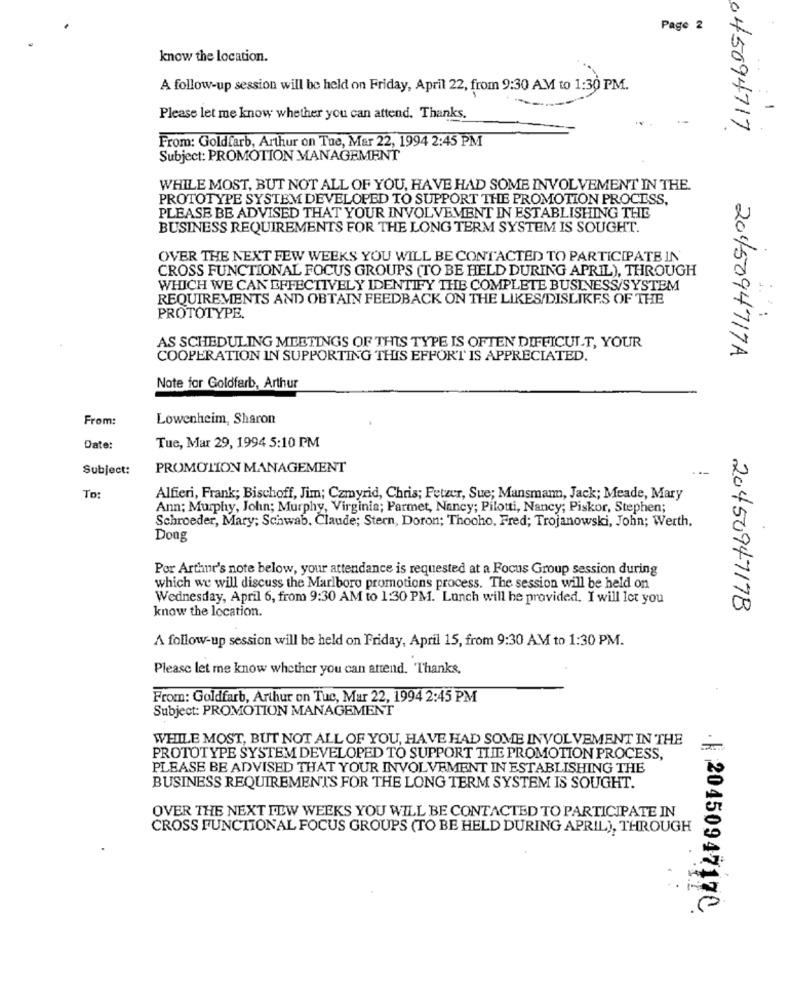
Page 2
know the location.
A follow-up session will be held on Friday, April 22, from 9:30 AM to 1:30 PM.
Please let me know whether you can attend. Thanks.
045094717.
From: Goldfarb, Arthur on Tue, Mar 22, 1994 2:45 PM
Subject: PROMOTION MANAGEMENT
WHILE MOST, BUT NOT ALL OF YOU, HAVE HAD SOME INVOLVEMENT IN THE.
PROTOTYPE SYSTEM DEVELOPED TO SUPPORT THE PROMOTION PROCESS,
PLEASE BE ADVISED THAT YOUR INVOLVEMENT IN ESTABLISHING THE
BUSINESS REQUIREMENTS FOR THE LONG TERM SYSTEM IS SOUGHT.
OVER THE NEXT FEW WEEKS YOU WILL BE CONTACTED TO PARTICIPATE IN'
CROSS FUNCTIONAL FOCUS GROUPS (TO BE HELD DURING APRIL), THROUGH
WHICH WE CAN EFFECTIVELY IDENTIFY THE COMPLETE BUSINESS/SYSTEM
REQUIREMENTS AND OBTAIN FEEDBACK ON THE LIKES/DISLIKES OF THE
PROTOTYPE.
AS SCHEDULING MEETINGS OF THIS TYPE IS OFTEN DIFFICULT, YOUR
201/5094717A
COOPERATION IN SUPPORTING THIS EFFORT IS APPRECIATED.
Note for Goldfarb, Arthur
From:
Lowenheim, Sharon
Date:
Tue, Mar 29, 1994 5:10 PM
Subject:
PROMOTION MANAGEMENT
To:
Alfieri, Frank; Bischoff, Jim; Czmyrid, Chris; Fetzer, Sue; Mansman, Jack; Meade, Mary
Ann; Murphy, John; Murphy, Virginia; Parmet, Nancy; Pilotti, Nancy; Piskor, Stephen;
Schroeder, Mary; Schwab, Claude; Stern, Doron; Thooho, Fred; Trojanowski, John; Werth,
Dong
Por Arthur's note below, your attendance is requested at a Focus Group session during
which we will discuss the Marlboro promotions process. The session will be held on
Wednesday, April 6, from 9:30 AM to 1:30 PM. Lunch will he provided. I will let you
know the location.
20450947178
A follow-up session will be held on Friday, April 15, from 9:30 AM to 1:30 PM.
Please let me know whether you can attend. Thanks,
From: Goldfarb, Arthur on Tuc, Mar 22, 1994 2:45 PM
Subject: PROMOTION MANAGEMENT
WHILE MOST, BUT NOT ALL OF YOU, HAVE HAD SOME INVOLVEMENT IN THE
PROTOTYPE SYSTEM DEVELOPED TO SUPPORT THE PROMOTION PROCESS,
PLEASE BE ADVISED THAT YOUR INVOLVEMENT IN ESTABLISHING THE
BUSINESS REQUIREMENTS FOR THE LONG TERM SYSTEM IS SOUGHT.
OVER THE NEXT FEW WEEKS YOU WILL BE CONTACTED TO PARTICIPATE IN
CROSS FUNCTIONAL FOCUS GROUPS (TO BE HELD DURING APRIL), THROUGH
2045094717℃.